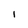
Character: l